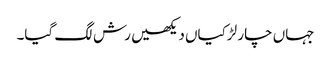
جہاں چار لڑکیاں دیکھیں رش لگ گیا۔